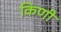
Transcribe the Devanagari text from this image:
किणी